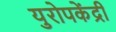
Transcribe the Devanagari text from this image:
युरोपकेंद्री